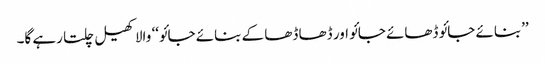
’’بنائے جائو ڈھائے جائو اور ڈھا ڈھا کے بنائے جائو‘‘ والا کھیل چلتا رہے گا۔